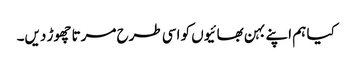
کیا ہم اپنے بہن بھائیوں کو اسی طرح مرتا چھوڑ دیں۔